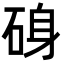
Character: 𮀝